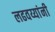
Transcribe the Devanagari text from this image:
लढवय्यांनी